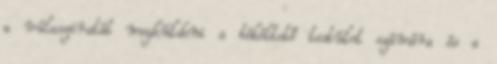
a válasziratát megküldeni a békéltető testület számára és a